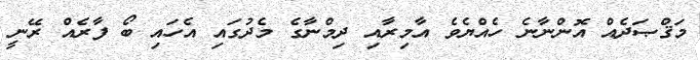
މަޤްޞަދެއް އޮންނާނެ ހެއްޔެވެ އާމިރާއި ދިމްނާގެ މެދުގައި އެހައި ބޯ ފާރެއް ރޭނީ